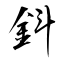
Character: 鈄